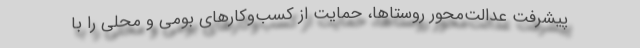
پیشرفت عدالت‌محور روستاها، حمایت از کسب‌وکارهای بومی و محلی را با